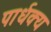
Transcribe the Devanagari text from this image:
पार्धक्य